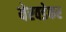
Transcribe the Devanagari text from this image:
येरवडेकर